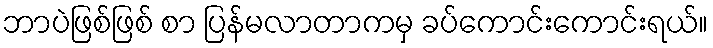
ဘာပဲဖြစ်ဖြစ် စာ ပြန်မလာတာကမှ ခပ်ကောင်းကောင်းရယ်။